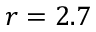
r = 2 . 7